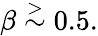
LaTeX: \beta\stackrel{>}{\sim}0.5.